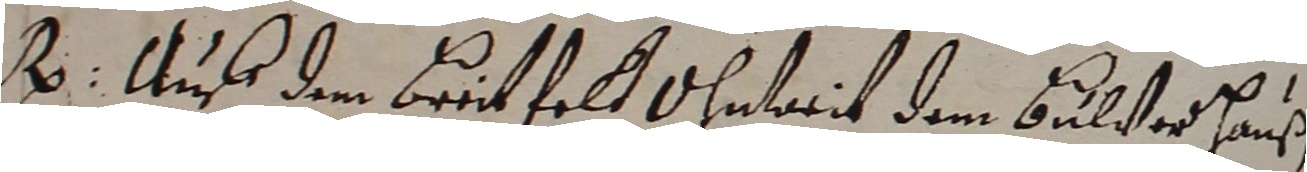
. Auf de brutfelt ohntait dem bulster hauß